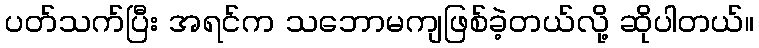
ပတ်သက်ပြီး အရင်က သဘောမကျဖြစ်ခဲ့တယ်လို့ ဆိုပါတယ်။